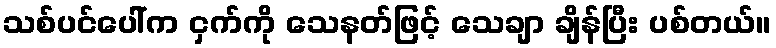
သစ်ပင်ပေါ်က ငှက်ကို သေနတ်ဖြင့် သေချာ ချိန်ပြီး ပစ်တယ်။